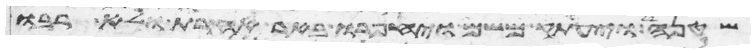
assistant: שטנה ויעתק משם ויחפרו באר אחרת ולא רבו